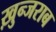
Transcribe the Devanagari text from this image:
ख़ुन्जराब